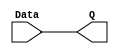
module IF_ID(Data, Q);

    input Data;
    output reg Q;

always @(Data) begin
     Q <= Data;
end



endmodule